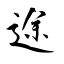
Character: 途